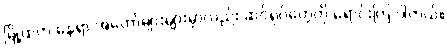
မြို့ထဲက နေရာ အတော်များများမှာလည်း ဆင်ရုပ်တွေကို ရောင်းကြ ပါတယ်။